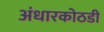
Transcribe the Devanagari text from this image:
अंधारकोठडी